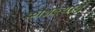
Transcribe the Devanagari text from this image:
कौशल्यानें